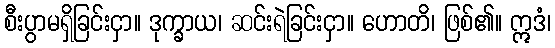
စီးပွာမရှိခြင်းငှာ။ ဒုက္ခာယ၊ ဆင်းရဲခြင်းငှာ။ ဟောတိ၊ ဖြစ်၏။ ဣဒံ၊